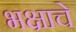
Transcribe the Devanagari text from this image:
भक्षाचे